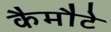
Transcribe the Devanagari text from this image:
कैमौटे